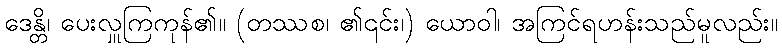
ဒေန္တိ၊ ပေးလှူကြကုန်၏။ (တဿစ၊ ၏၎င်း၊) ယောဝါ၊ အကြင်ရဟန်းသည်မူလည်း။